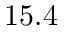
1 5 . 4